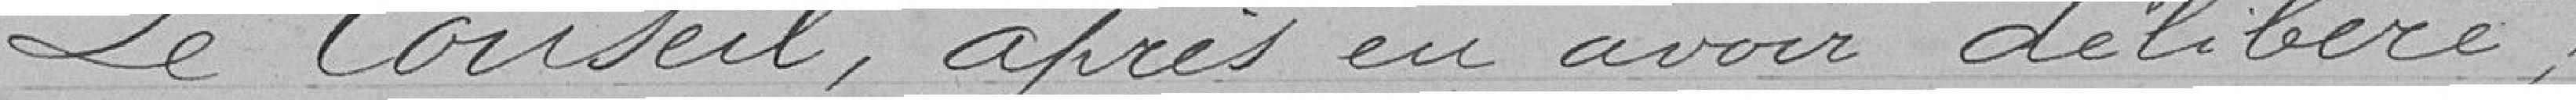
Le Conseil, après en avoir délibéré,